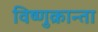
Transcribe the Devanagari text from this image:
विष्णुक्रान्ता